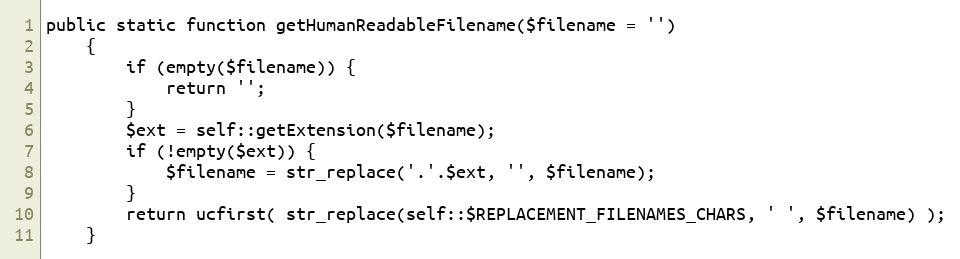
Language: PHP
public static function getHumanReadableFilename($filename = '')
    {
        if (empty($filename)) {
            return '';
        }
        $ext = self::getExtension($filename);
        if (!empty($ext)) {
            $filename = str_replace('.'.$ext, '', $filename);
        }
        return ucfirst( str_replace(self::$REPLACEMENT_FILENAMES_CHARS, ' ', $filename) );
    }